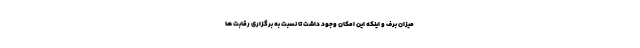
میزان برف و اینکه این امکان وجود داشت تا نسبت به برگزاری رقابت ها